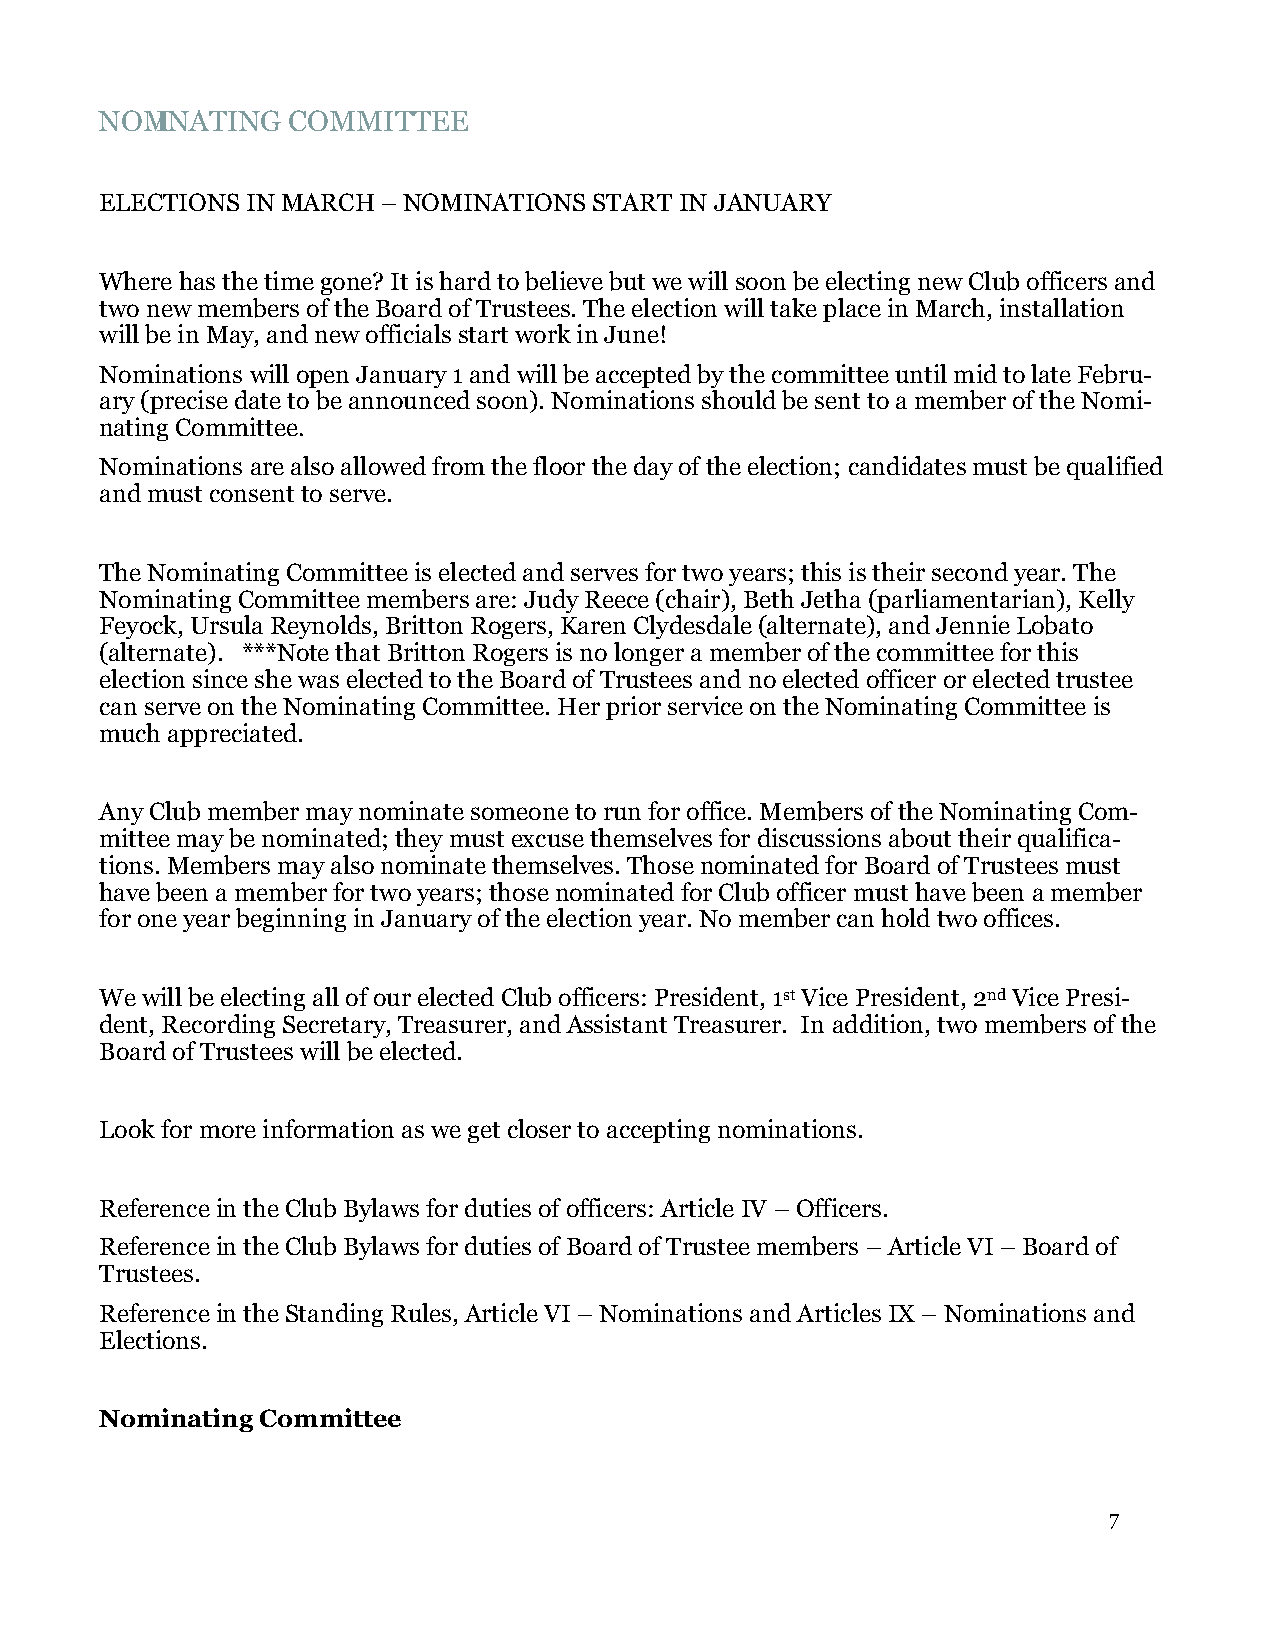
NOMI NATING COMMITTEE
 ELECTIONS IN MARCH – NOMINATIONS START IN JANUARY
 Where has the time gone? It is hard to believe but we will soon be electing new Club officers and
 two new members of the Board of Trustees. The election will take place in March, installation
 will be in May, and new officials start work in June!
 Nominations will open January 1 and will be accepted by the committee until mid to late Febru-
 ary (precise date to be announced soon). Nominations should be sent to a member of the Nomi-
 nating Committee.
 Nominations are also allowed from the floor the day of the election; candidates must be qualified
 and must consent to serve.
 The Nominating Committee is elected and serves for two years; this is their second year. The
 Nominating Committee members are: Judy Reece (chair), Beth Jetha (parliamentarian), Kelly
 Feyock, Ursula Reynolds, Britton Rogers, Karen Clydesdale (alternate), and Jennie Lobato
 (alternate). ***Note that Britton Rogers is no longer a member of the committee for this
 election since she was elected to the Board of Trustees and no elected officer or elected trustee
 can serve on the Nominating Committee. Her prior service on the Nominating Committee is
 much appreciated.
 Any Club member may nominate someone to run for office. Members of the Nominating Com-
 mittee may be nominated; they must excuse themselves for discussions about their qualifica-
 tions. Members may also nominate themselves. Those nominated for Board of Trustees must
 have been a member for two years; those nominated for Club officer must have been a member
 for one year beginning in January of the election year. No member can hold two offices.
 We will be electing all of our elected Club officers: President, 1st Vice President, 2nd Vice Presi-
 dent, Recording Secretary, Treasurer, and Assistant Treasurer. In addition, two members of the
 Board of Trustees will be elected.
 Look for more information as we get closer to accepting nominations.
 Reference in the Club Bylaws for duties of officers: Article IV – Officers.
 Reference in the Club Bylaws for duties of Board of Trustee members – Article VI – Board of
 Trustees.
 Reference in the Standing Rules, Article VI – Nominations and Articles IX – Nominations and
 Elections.
 Nominating Committee
 7